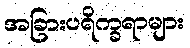
အခြားပရိက္ခရာများ